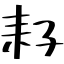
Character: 耔